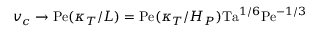
v _ { c } \rightarrow \mathrm { P e } ( \kappa _ { T } / L ) = \mathrm { P e } ( \kappa _ { T } / H _ { P } ) \mathrm { T a } ^ { 1 / 6 } \mathrm { P e } ^ { - 1 / 3 }